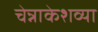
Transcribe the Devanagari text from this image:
चेन्नाकेशव्या